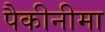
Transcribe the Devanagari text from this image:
पैकीनीमा